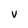
Character: V